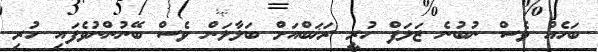
ބަހެއް ވެސް ނުބުނެ ޒަލަފް ހުރީ ރަޚަބްއަށް ބަލާލަން ވެސް ބޭނުންނުވެފައި ހުރި